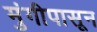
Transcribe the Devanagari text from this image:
मुंगीपासून